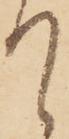
て